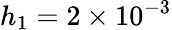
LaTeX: h_{1}=2\times 10^{-3}